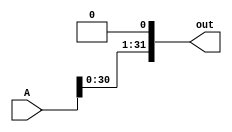
module alu_SLL_Bit #(parameter WIDTH = 1)(A, out);
    input [31:0] A;
    output [31:0] out;

    assign out[WIDTH-1:0] = 0;
    assign out[31:WIDTH] = A[31-WIDTH:0];
endmodule